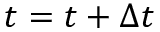
t = t + \Delta t